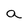
Character: a